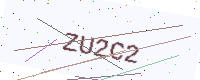
Text: ZU2C2